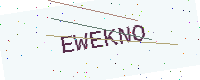
Text: EWEKNO